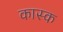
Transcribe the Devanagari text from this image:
कास्क